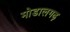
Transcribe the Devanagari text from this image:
मोडालगढ़